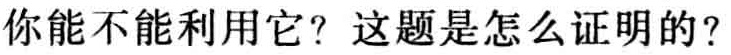
你能不能利用它？这题是怎么证明的？